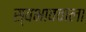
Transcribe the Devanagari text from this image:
स्वभाववाला